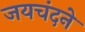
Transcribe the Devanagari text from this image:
जयचंदने